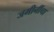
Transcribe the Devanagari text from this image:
जमीनींचा